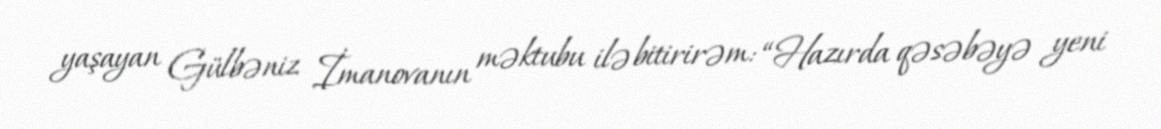
yaşayan Gülbəniz İmanovanın məktubu ilə bitirirəm: “Hazırda qəsəbəyə yeni